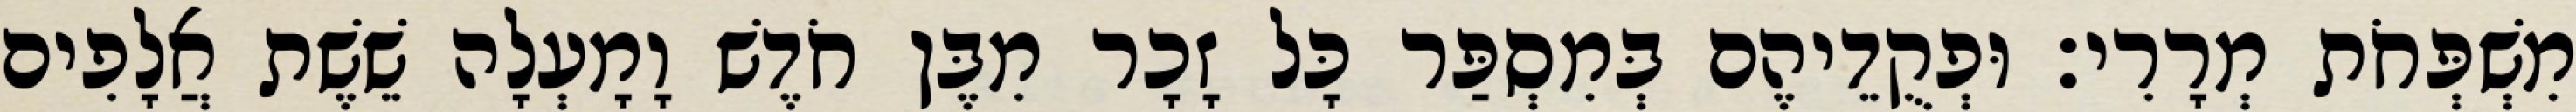
מִשְׁפְּחֹת מְרָרִי׃ וּפְקֻדֵיהֶם בְּמִסְפַּר כָּל זָכָר מִבֶּן חֹדֶשׁ וָמָעְלָה שֵׁשֶׁת אֲלָפִים